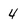
Character: 4